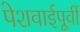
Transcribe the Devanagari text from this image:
पेशवाईपूर्वी